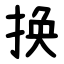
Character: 换